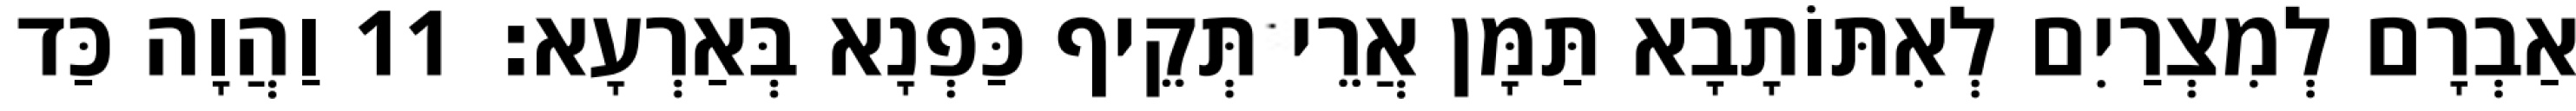
אַבְרָם לְמִצְרַיִם לְאִתּוֹתָבָא תַּמָּן אֲרֵי תְּקֵיף כַּפְנָא בְּאַרְעָא׃ 11 וַהֲוָה כַּד